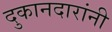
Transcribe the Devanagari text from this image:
दुकानदारांनी